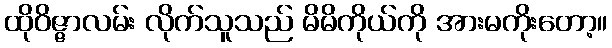
ထိုဝိဇ္ဇာလမ်း လိုက်သူသည် မိမိကိုယ်ကို အားမကိုးတော့။